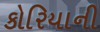
કોરિયાની